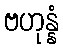
ဗဟုန္နံ